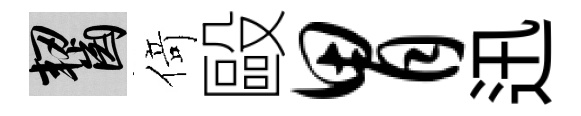
齧𠋣毆胃迅